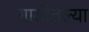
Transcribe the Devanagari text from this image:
गाडीतल्या